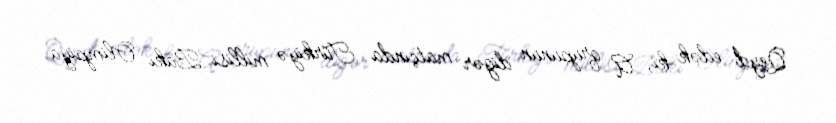
Qeyd edək ki, A qrupunun digər matçında Türkiyə millisi Bakı Olimpiya